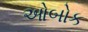
ઓબોક